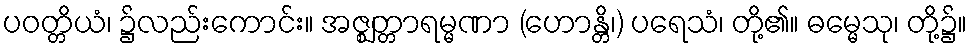
ပဝတ္တိယံ၊ ၌လည်းကောင်း။ အဇ္ဈတ္တာရမ္မဏာ (ဟောန္တိ၊) ပရေသံ၊ တို့၏။ ဓမ္မေသု၊ တို့၌။